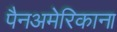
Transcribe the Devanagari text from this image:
पैनअमेरिकाना